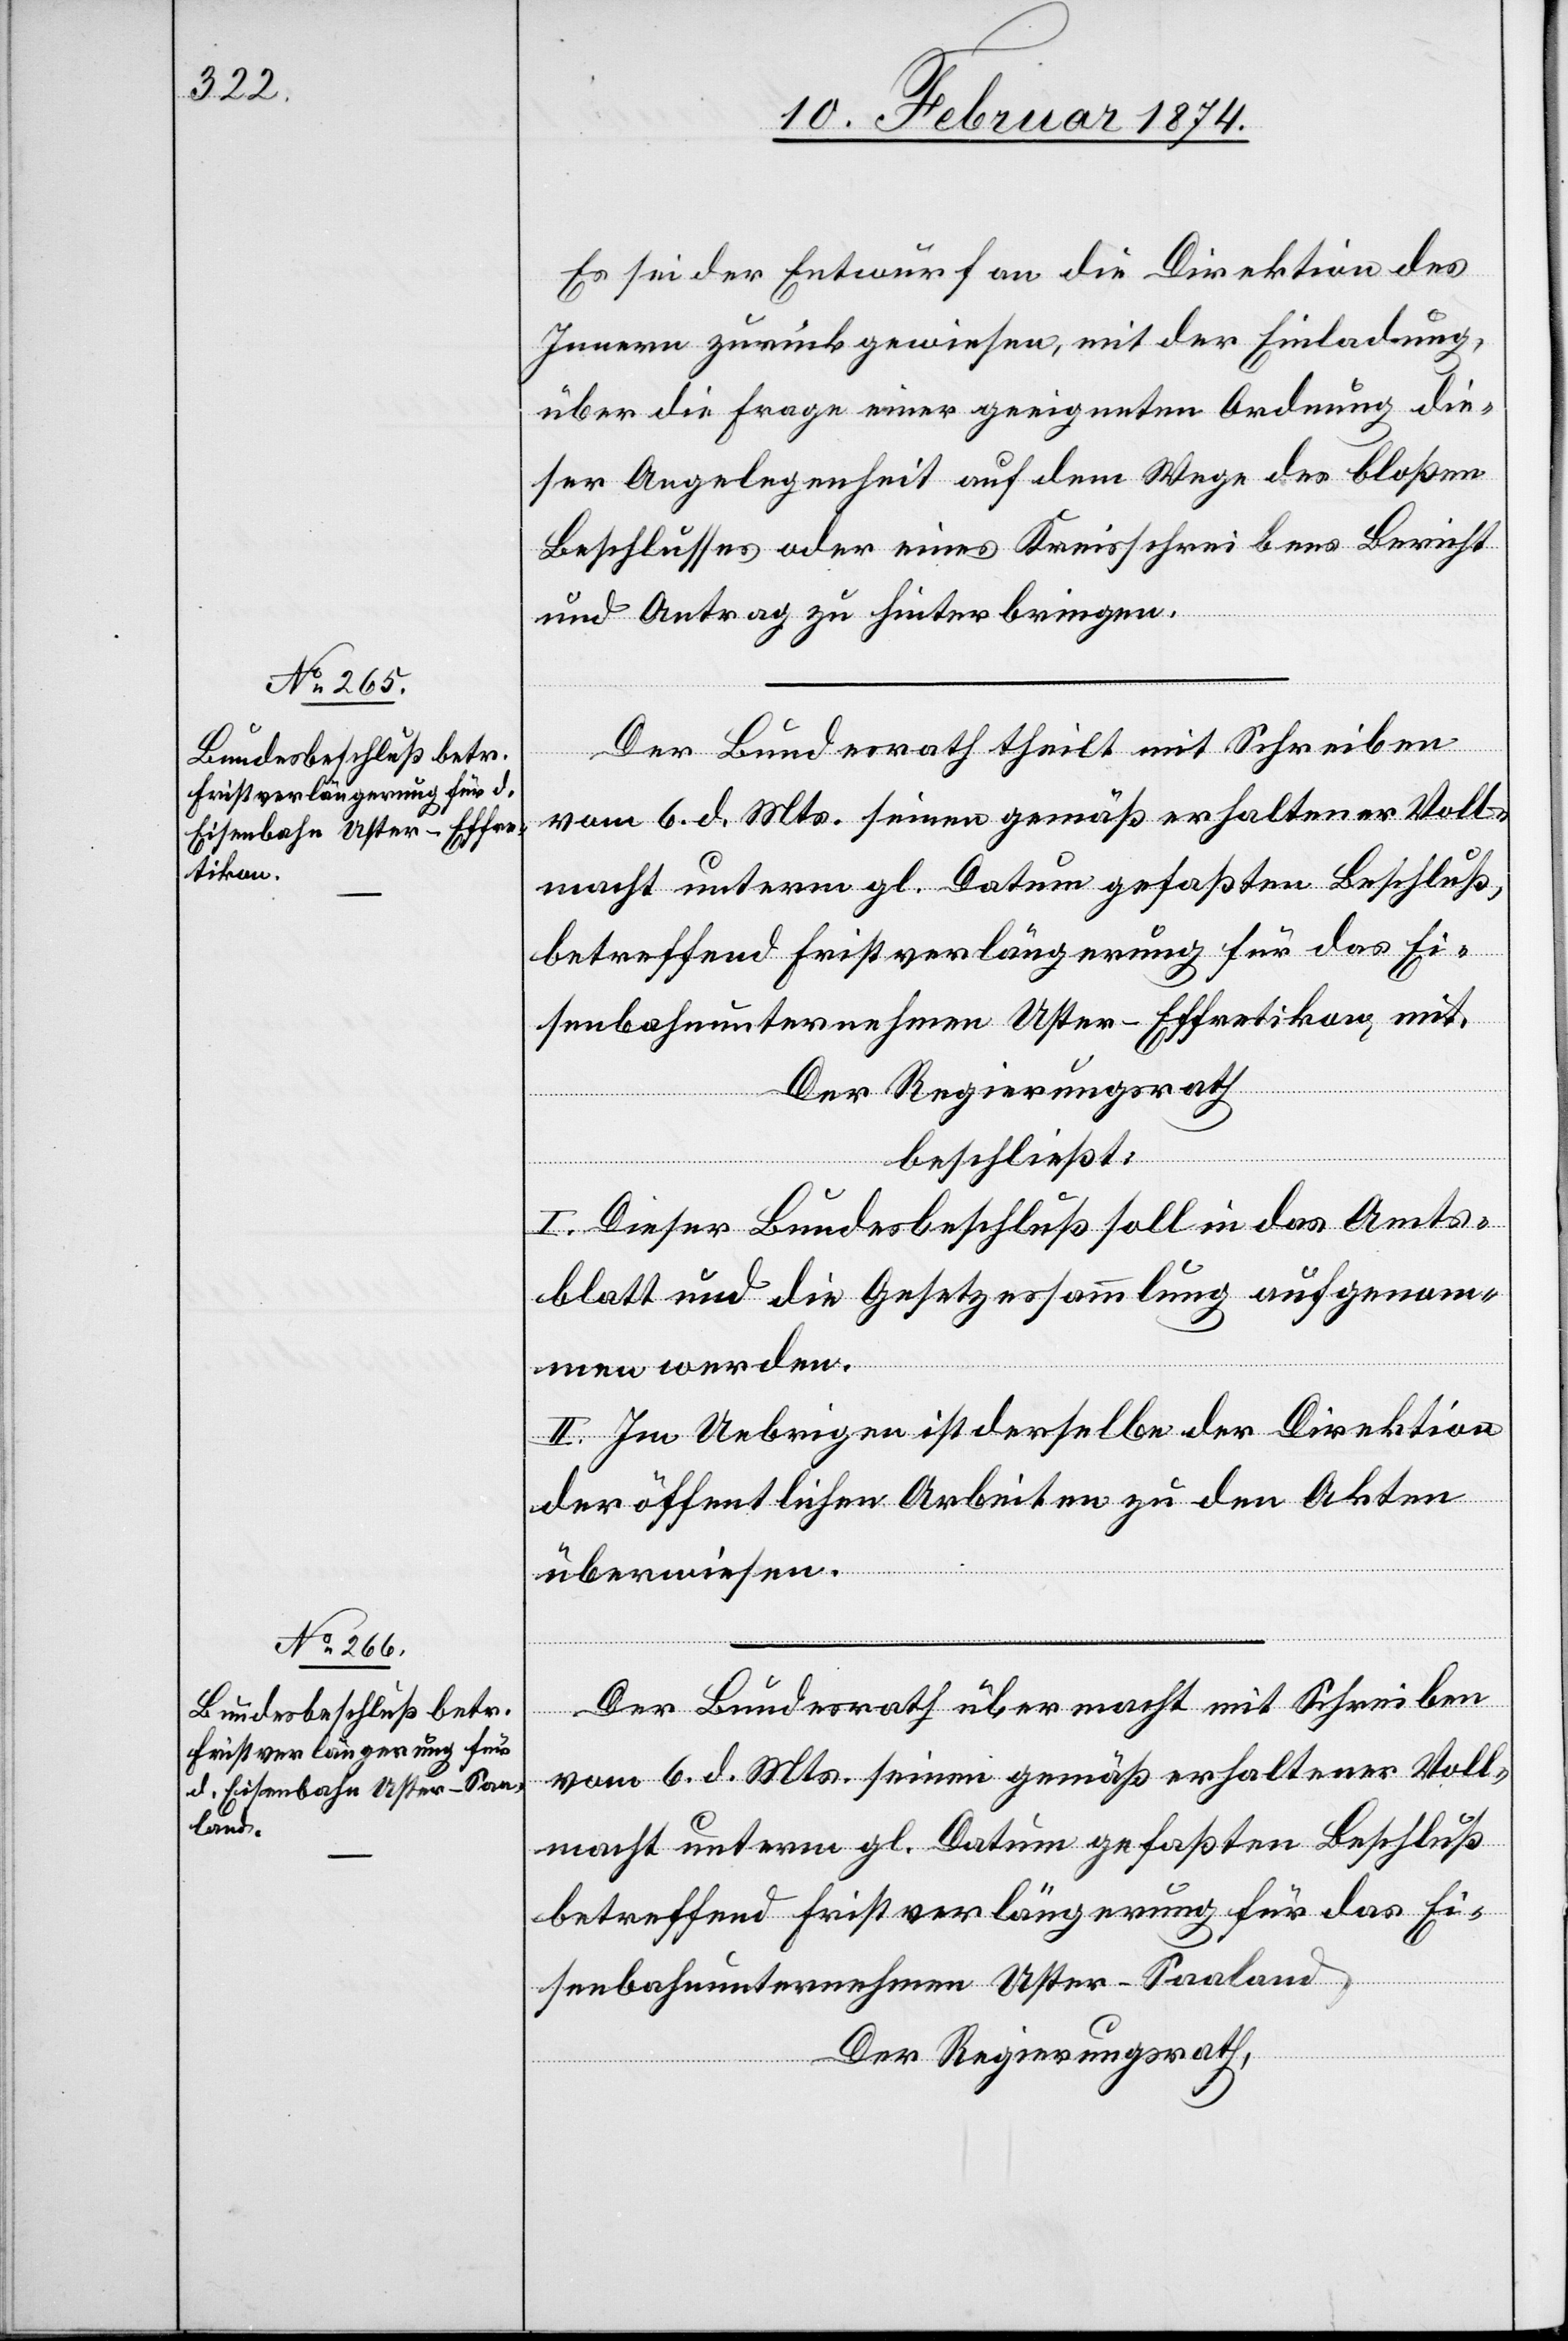
Es sei der Entwurf an die Direktion des
Innern zurück gewiesen, mit der Einladung,
über die Frage einer geeigneten Ordnung die¬
ser Angelegenheit auf dem Wege des bloßen
Beschlusses oder eines Kreisschreibens Bericht
und Antrag zu hinterbringen.
Der Bundesrath theilt mit Schreiben
betreffend Fristverlängerung für das Ei¬
senbahnunternehmen Uster-Effretikon mit.
Der Regierungsrath
beschließt:
I. Dieser Bundesbeschluß soll in das Amts¬
blatt und die Gesetzessammlung aufgenom¬
men werden.
II. Im Uebrigen ist derselbe der Direktion
der öffentlichen Arbeiten zu den Akten
überwiesen.
Der Bundesrath übermacht mit Schreiben
vom 6. d. Mts. seinen gemäß erhaltener Voll¬
macht unterm gl. Datum gefaßten Beschluß
betreffend Fristverlängerung für das Ei¬
senbahnunternehmen Uster-Seeland.
Der Regierungsrath,